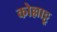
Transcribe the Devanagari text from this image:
कोल्लाट्टू